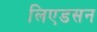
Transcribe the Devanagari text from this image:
लिएडसन